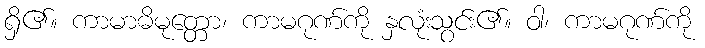
ရှိ၏။ ကာမာဓိမုတ္တော၊ ကာမဂုဏ်ကို နှလုံးသွင်း၏။ ဝါ၊ ကာမဂုဏ်ကို